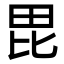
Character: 毘